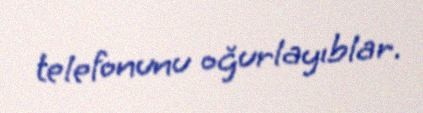
telefonunu oğurlayıblar.